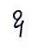
ឧ